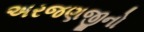
અરજણજીનો